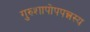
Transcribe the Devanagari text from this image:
गुरुशापोपपन्नस्य